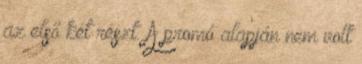
az első két részt. A promó alapján nem volt